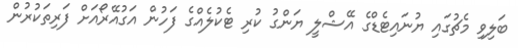
ބަލިވި މެޗުގައި ޔުނައިޓެޑްގެ އޭޝްލީ ޔަންގު ކުރި ޓެކުލެއްގެ ފަހުން އަގުއޭރޯއަށް ފަރިތަކުރުން